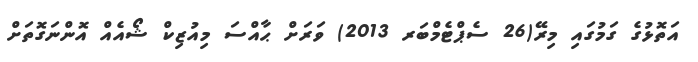
އަތޮޅުގެ ގަމުގައި މިރޭ(26 ސެޕްޓެމްބަރ 2013) ވަރަށް ޙާއްސަ މިއުޒިކް ޝޯއެއް އޮންނަގޮތަށް